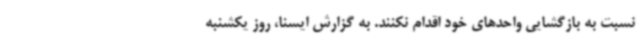
نسبت به بازگشایی واحدهای خود اقدام نکنند. به گزارش ایسنا، روز یکشنبه